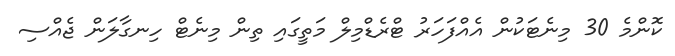
ކޮންމެ 30 މިނެޓަކުން އެއްފަހަރު ޓްރެޑްމިލް މަތީގައި ތިން މިނެޓް ހިނގާލަން ޖެއްސި